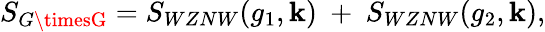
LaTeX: S_{G\timesG}=S_{WZNW}(g_{1},\mathbf{k})~+~S_{WZNW}(g_{2},\mathbf{k}),